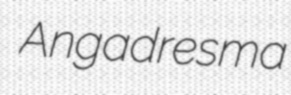
Angadresma